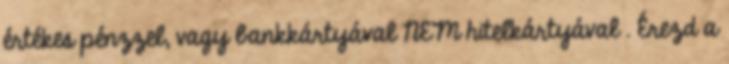
értékes pénzzel, vagy bankkártyával NEM hitelkártyával . Érezd a